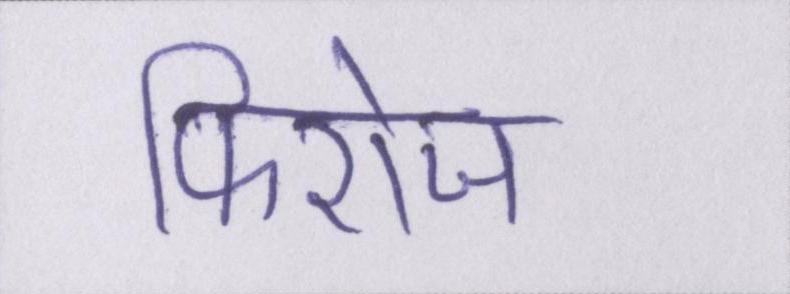
फिरोज